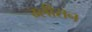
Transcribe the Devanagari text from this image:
ग्‍लीसन